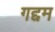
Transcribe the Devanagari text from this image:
गद्दम